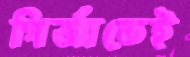
গির্জাতেই